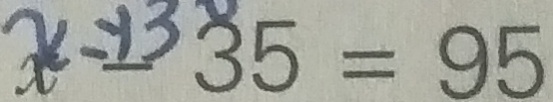
x - 3 5 = 9 5